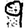
Digit: 9